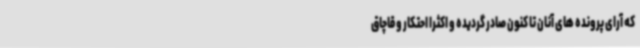
که آرای پرونده های آنان تا کنون صادر گردیده و اکثرا احتکار و قاچاق